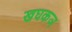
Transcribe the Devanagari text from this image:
खघकञ